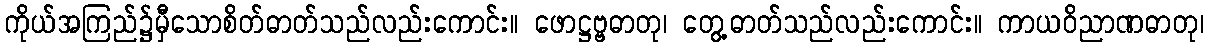
ကိုယ်အကြည်၌မှီသောစိတ်ဓာတ်သည်လည်းကောင်း။ ဖောဋ္ဌဗ္ဗဓာတု၊ တွေ့ဓာတ်သည်လည်းကောင်း။ ကာယဝိညာဏဓာတု၊